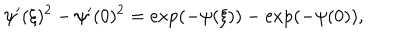
LaTeX: \psi ^ { \prime } ( \xi ) ^ { 2 } - \psi ^ { \prime } ( 0 ) ^ { 2 } = \exp ( - \psi ( \xi ) ) - \exp ( - \psi ( 0 ) ) ,